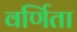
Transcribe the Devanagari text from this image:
वर्णिता